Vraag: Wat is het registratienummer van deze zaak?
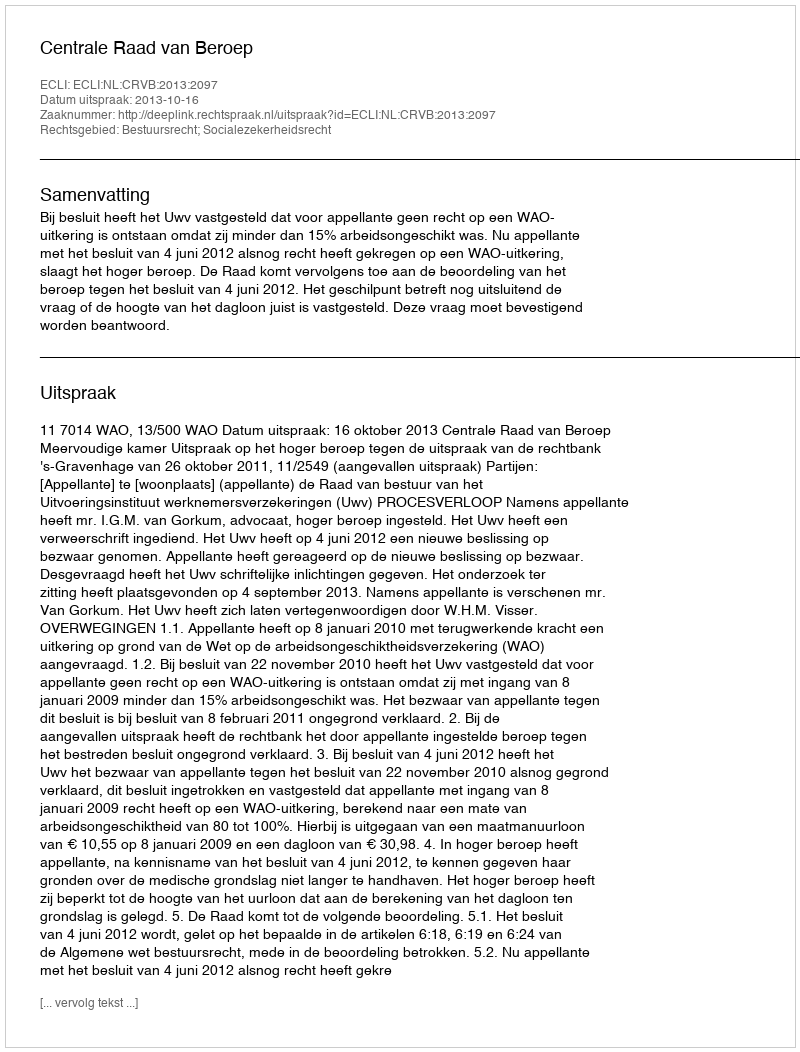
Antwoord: http://deeplink.rechtspraak.nl/uitspraak?id=ECLI:NL:CRVB:2013:2097